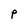
Character: P